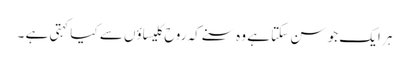
ہر ایک جو سن سکتا ہے وہ سنے کہ روح کلیساؤں سے کیا کہتی ہے ۔